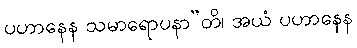
ပဟာနေန သမာရောပနာ”တိ၊ အယံ ပဟာနေန